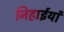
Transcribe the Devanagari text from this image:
निहाईयां